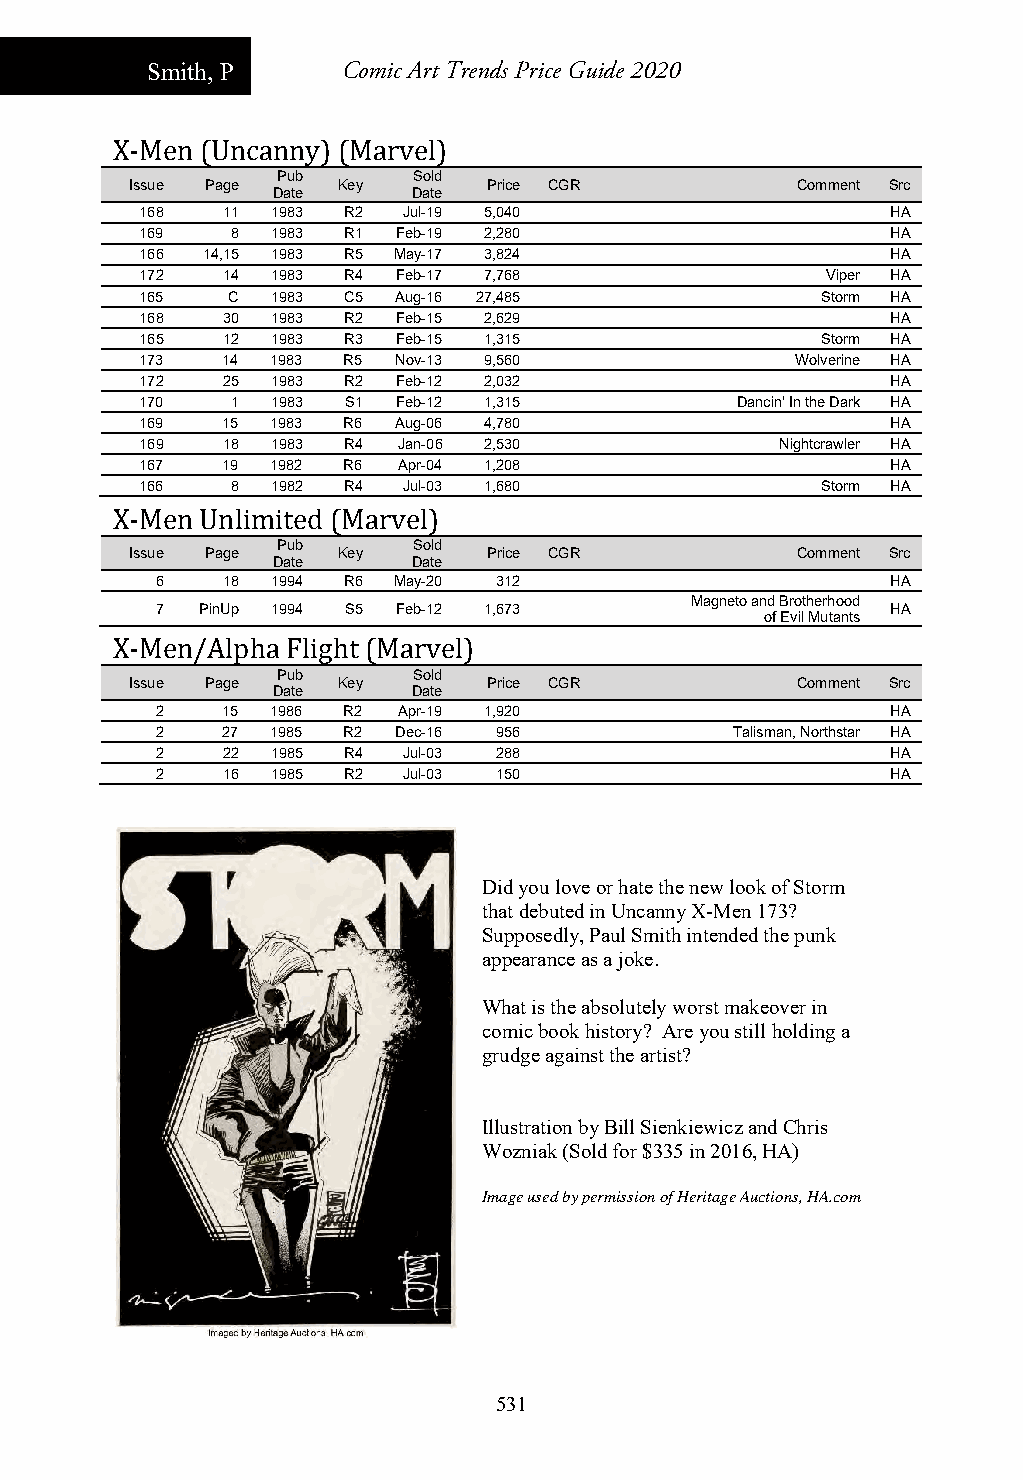
Smith, P     Comic Art Trends Price Guide 2020
 X-Men (Uncanny) (Marvel)
 Pub      Sold
 Issue Page   Key       Price CGR            Comment Src
 Date     Date
 168   11 1983 R2  Jul-19 5,040                    HA
 169   8  1983 R1 Feb-19 2,280                     HA
 166 14,15 1983 R5 May-17 3,824                    HA
 172   14 1983 R4 Feb-17 7,768                 Viper HA
 165   C  1983 C5 Aug-16 27,485               Storm HA
 168   30 1983 R2 Feb-15 2,629                     HA
 165   12 1983 R3 Feb-15 1,315                Storm HA
 173   14 1983 R5 Nov-13 9,560               Wolverine HA
 172   25 1983 R2 Feb-12 2,032                     HA
 170   1  1983 S1 Feb-12 1,315           Dancin' In the Dark HA
 169   15 1983 R6 Aug-06 4,780                     HA
 169   18 1983 R4 Jan-06 2,530              Nightcrawler HA
 167   19 1982 R6 Apr-04 1,208                     HA
 166   8  1982 R4  Jul-03 1,680               Storm HA
 X-Men Unlimited (Marvel)
 Pub      Sold
 Issue Page   Key       Price CGR            Comment Src
 Date     Date
 6    18 1994 R6 May-20 312                       HA
 Magneto and Brotherhood
 7  PinUp 1994 S5 Feb-12 1,673                    HA
 of Evil Mutants
 X-Men/Alpha Flight (Marvel)
 Pub      Sold
 Issue Page   Key       Price CGR            Comment Src
 Date     Date
 2    15 1986 R2 Apr-19 1,920                     HA
 2    27 1985 R2 Dec-16 956             Talisman, Northstar HA
 2    22 1985 R4  Jul-03 288                      HA
 2    16 1985 R2  Jul-03 150                      HA
 Did you love or hate the new look of Storm
 that debuted in Uncanny X-Men 173?
 Supposedly, Paul Smith intended the punk
 appearance as a joke.
 What is the absolutely worst makeover in
 comic book history? Are you still holding a
 grudge against the artist?
 Illustration by Bill Sienkiewicz and Chris
 Wozniak (Sold for $335 in 2016, HA)
 Image used by permission of Heritage Auctions, HA.com
 531